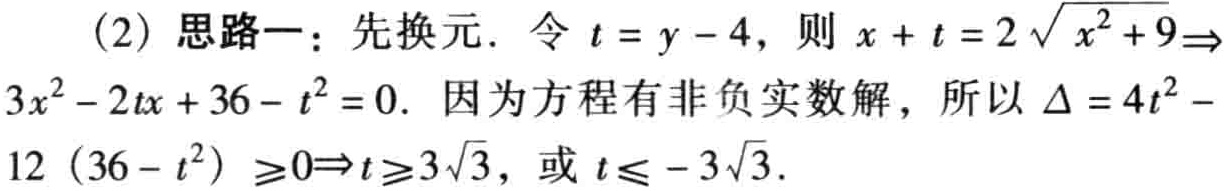
(2) 思路一：先换元. 令 \(t = y - 4\)，则 \(x + t = 2\sqrt{x^{2}+9}\Rightarrow 3x^{2}-2tx + 36 - t^{2}=0\). 因为方程有非负实数解，所以 \(\Delta = 4t^{2}-12(36 - t^{2})\geq0\Rightarrow t\geq3\sqrt{3}\)，或 \(t\leq - 3\sqrt{3}\).